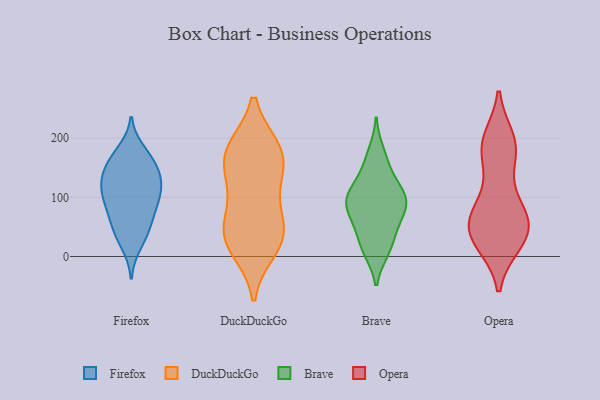
{"axis": {"x": "Backlog", "y": "Value"}, "legend": ["Brave", "DuckDuckGo", "Firefox", "Opera"], "data": [{"x": "", "y": 88, "type": "Firefox"}, {"x": "", "y": 20, "type": "Firefox"}, {"x": "", "y": 75, "type": "Firefox"}, {"x": "", "y": 178, "type": "Firefox"}, {"x": "", "y": 126, "type": "Firefox"}, {"x": "", "y": 137, "type": "Firefox"}, {"x": "", "y": 130, "type": "Firefox"}, {"x": "", "y": 115, "type": "Firefox"}, {"x": "", "y": 117, "type": "Firefox"}, {"x": "", "y": 166, "type": "Firefox"}, {"x": "", "y": 156, "type": "Firefox"}, {"x": "", "y": 161, "type": "Firefox"}, {"x": "", "y": 38, "type": "Firefox"}, {"x": "", "y": 103, "type": "Firefox"}, {"x": "", "y": 59, "type": "Firefox"}, {"x": "", "y": 44, "type": "Firefox"}, {"x": "", "y": 88, "type": "Firefox"}, {"x": "", "y": 179, "type": "DuckDuckGo"}, {"x": "", "y": 172, "type": "DuckDuckGo"}, {"x": "", "y": 30, "type": "DuckDuckGo"}, {"x": "", "y": 180, "type": "DuckDuckGo"}, {"x": "", "y": 170, "type": "DuckDuckGo"}, {"x": "", "y": 33, "type": "DuckDuckGo"}, {"x": "", "y": 48, "type": "DuckDuckGo"}, {"x": "", "y": 125, "type": "DuckDuckGo"}, {"x": "", "y": 112, "type": "DuckDuckGo"}, {"x": "", "y": 52, "type": "DuckDuckGo"}, {"x": "", "y": 14, "type": "DuckDuckGo"}, {"x": "", "y": 161, "type": "Brave"}, {"x": "", "y": 87, "type": "Brave"}, {"x": "", "y": 10, "type": "Brave"}, {"x": "", "y": 45, "type": "Brave"}, {"x": "", "y": 113, "type": "Brave"}, {"x": "", "y": 69, "type": "Brave"}, {"x": "", "y": 43, "type": "Brave"}, {"x": "", "y": 104, "type": "Brave"}, {"x": "", "y": 11, "type": "Brave"}, {"x": "", "y": 146, "type": "Brave"}, {"x": "", "y": 14, "type": "Brave"}, {"x": "", "y": 66, "type": "Brave"}, {"x": "", "y": 85, "type": "Brave"}, {"x": "", "y": 177, "type": "Brave"}, {"x": "", "y": 86, "type": "Brave"}, {"x": "", "y": 104, "type": "Brave"}, {"x": "", "y": 99, "type": "Brave"}, {"x": "", "y": 114, "type": "Brave"}, {"x": "", "y": 54, "type": "Opera"}, {"x": "", "y": 67, "type": "Opera"}, {"x": "", "y": 51, "type": "Opera"}, {"x": "", "y": 119, "type": "Opera"}, {"x": "", "y": 23, "type": "Opera"}, {"x": "", "y": 31, "type": "Opera"}, {"x": "", "y": 25, "type": "Opera"}, {"x": "", "y": 29, "type": "Opera"}, {"x": "", "y": 197, "type": "Opera"}, {"x": "", "y": 59, "type": "Opera"}, {"x": "", "y": 183, "type": "Opera"}, {"x": "", "y": 71, "type": "Opera"}, {"x": "", "y": 192, "type": "Opera"}, {"x": "", "y": 78, "type": "Opera"}, {"x": "", "y": 186, "type": "Opera"}, {"x": "", "y": 173, "type": "Opera"}]}